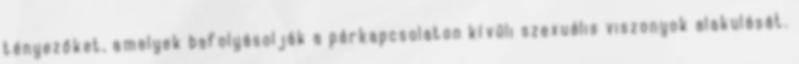
tényezőket, amelyek befolyásolják a párkapcsolaton kívüli szexuális viszonyok alakulását.